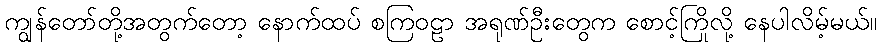
ကျွန်တော်တို့အတွက်တော့ နောက်ထပ် စကြဝဠာ အရုဏ်ဦးတွေက စောင့်ကြိုလို့ နေပါလိမ့်မယ်။